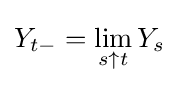
Y_{t-}=\lim _{s\uparrow t}Y_{s}